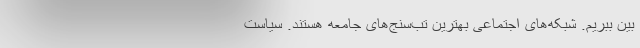
بین ببریم. شبکه‌های اجتماعی بهترین تب‌سنج‌های جامعه هستند. سیاست‌